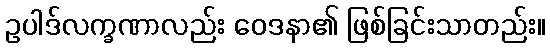
ဥပါဒ်လက္ခဏာလည်း ဝေဒနာ၏ ဖြစ်ခြင်းသာတည်း။